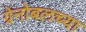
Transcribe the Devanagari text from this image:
ग्रेनोबलच्या